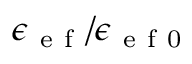
\epsilon _ { \mathrm { ~ e ~ f ~ } } / \epsilon _ { \mathrm { ~ e ~ f ~ 0 ~ } }